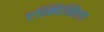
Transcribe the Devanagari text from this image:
एस्क्विन्तिला